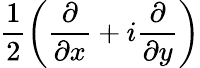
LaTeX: \frac{1}{2}\left(\frac{\partial}{\partial x}+i\frac{\partial}{\partial y}\right)